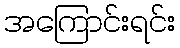
အကြောင်းရင်း